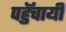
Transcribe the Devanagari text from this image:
पहुॅचायी